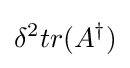
\delta ^{2}tr(A^{\dagger })